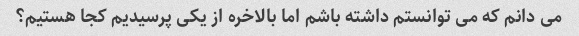
می دانم که می توانستم داشته باشم اما بالاخره از یکی پرسیدیم کجا هستیم؟